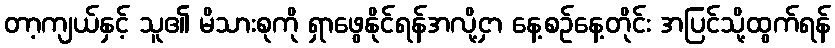
တာ့ကျယ်နှင့် သူ၏ မိသားစုကို ရှာဖွေနိုင်ရန်အလို့ငှာ နေ့စဉ်နေ့တိုင်း အပြင်သို့ထွက်ရန်